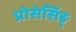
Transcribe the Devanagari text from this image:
प्रोसेसिंङ्